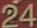
24